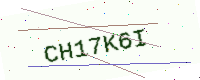
Text: CH17K6I